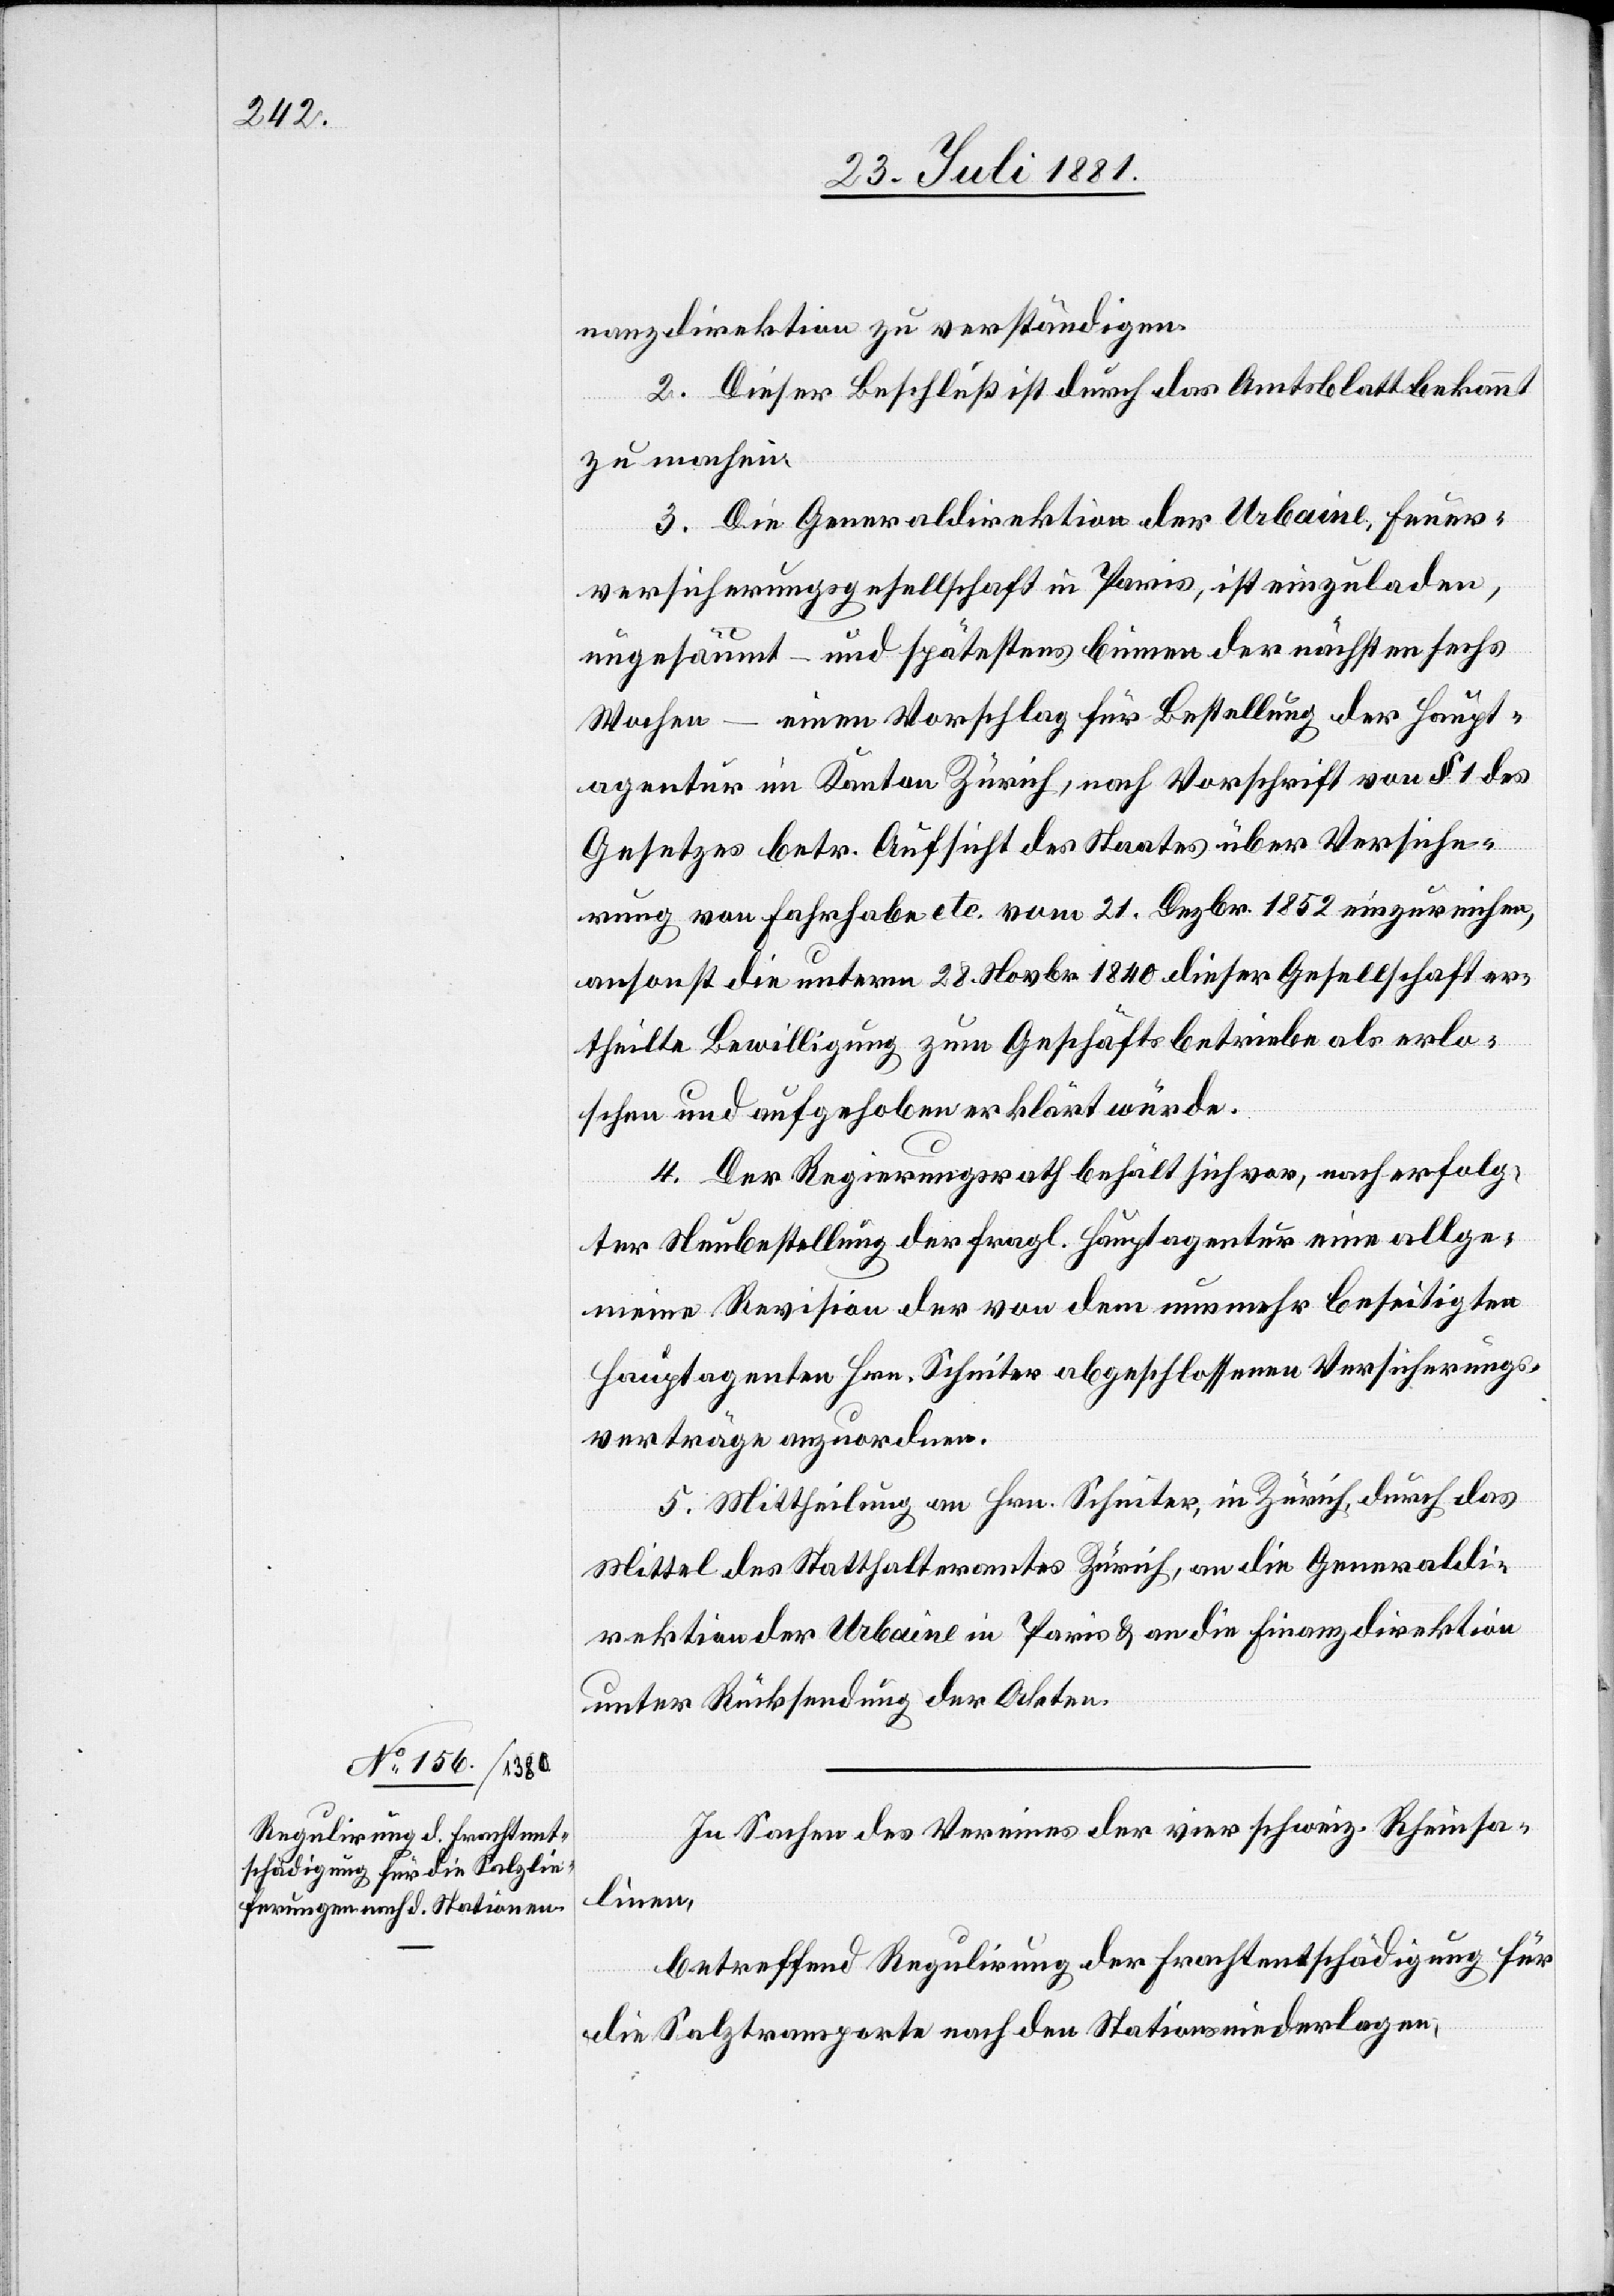
nanzdirektion zu verständigen.
2. Dieser Beschluß ist durch das Amtsblatt bekannt
zu machen.
3. Die Generaldirektion der Urbaine, Feuer¬
versicherungsgesellschaft in Paris, ist einzuladen,
ungesäumt – und spätestens binnen der nächsten sechs
Wochen – einen Vorschlag für Bestellung der Haupt¬
agentur im Kanton Zürich, nach Vorschrift von § 1 des
Gesetzes betr. Aufsicht des Staates über Versiche¬
rung von Fahrhabe etc. vom 21. Dezbr. 1852 einzureichen,
ansonst die unterm 28. Novbr. 1840 dieser Gesellschaft er¬
theilte Bewilligung zum Geschäftsbetriebe als erlo¬
schen und aufgehoben erklärt würde.
4. Der Regierungsrath behält sich vor, nach erfolg¬
ter Neubestellung der fragl. Hauptagentur eine allge¬
meine Revision der von dem nunmehr beseitigten
Hauptagenten Hrn. Scheiter abgeschlossenen Versicherungs¬
verträge anzuordnen.
5. Mittheilung an Hrn. Scheiter, in Zürich, durch das
Mittel des Statthalteramtes Zürich, an die Generaldi¬
rektion der Urbaine in Paris & an die Finanzdirektion
unter Rücksendung der Akten.
In Sachen des Vereins der vier schweiz. Rheinsa¬
linen,
betreffend Regulierung der Frachtentschädigung für
die Salztransporte nach der Stationsniederlagen,